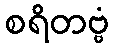
စရိတဗ္ဗံ